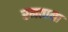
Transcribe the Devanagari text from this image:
रमताना